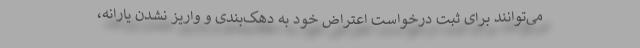
می‌توانند برای ثبت درخواست اعتراض خود به دهک‌بندی و واریز نشدن یارانه،